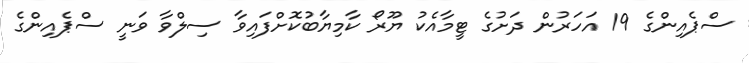
ސްޕެއިންގެ 19 އަހަރުން ދަށުގެ ޓީމާއެކު ޔޫރޯ ކާމިޔާބުކޮށްފައިވާ ސިލްވާ ވަނީ ސްޕެއިންގެ